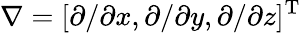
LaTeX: \nabla=[\partial/\partial x,\partial/\partial y,\partial/\partial z]^{\mathrm{T}}